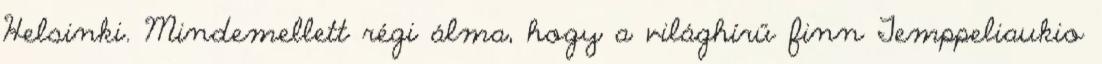
Helsinki. Mindemellett régi álma, hogy a világhírű finn Temppeliaukio